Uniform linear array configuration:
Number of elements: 24
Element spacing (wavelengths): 0.5
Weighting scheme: binomial
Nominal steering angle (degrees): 30
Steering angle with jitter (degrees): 28.194
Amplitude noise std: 0.05
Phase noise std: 0.05

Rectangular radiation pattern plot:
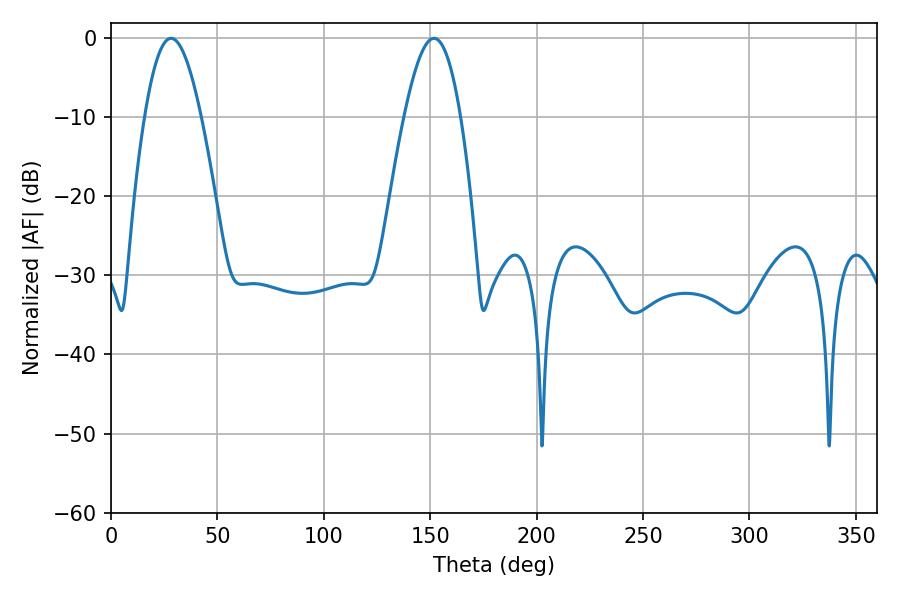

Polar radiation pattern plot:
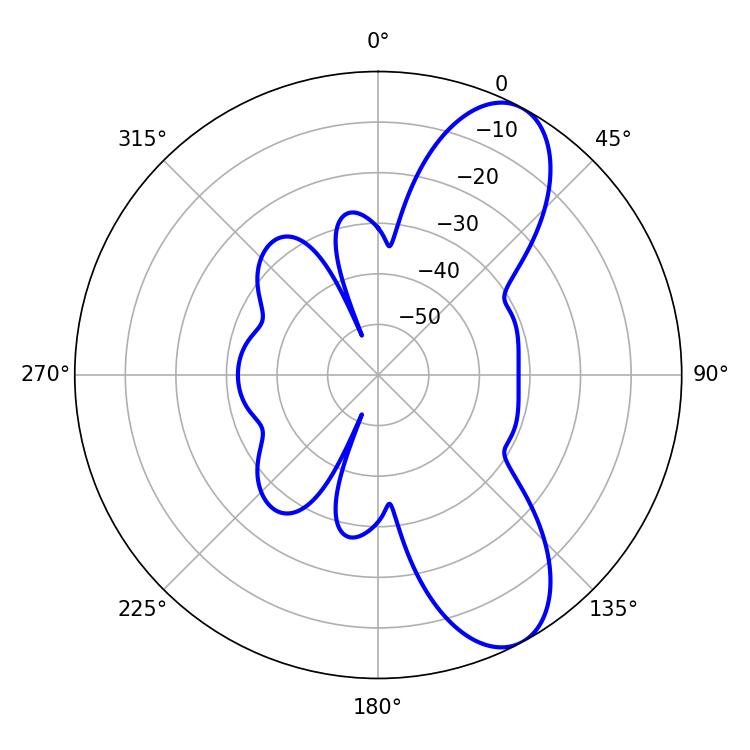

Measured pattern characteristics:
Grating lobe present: FALSE
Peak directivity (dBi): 8.873
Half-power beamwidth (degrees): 14.4
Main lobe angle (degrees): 28.26